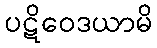
ပဋိဝေဒယာမိ